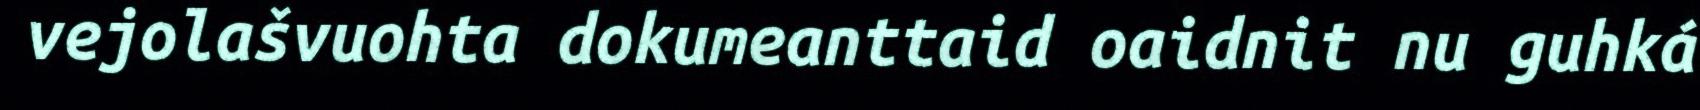
vejolašvuohta dokumeanttaid oaidnit nu guhká